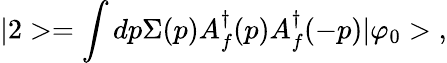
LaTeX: |2>=\int dp\Sigma(p)A_{f}^{\dagger}(p)A_{f}^{\dagger}(-p)|\varphi_{0}>\; ,